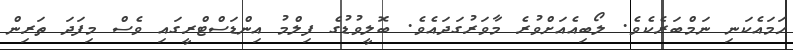
ހަމައެކަނި ނަމްބަރެކެވެ. ލޯބިއެއަށްވުރެ މާވަރުގަދައެވެ. ބޮލީވުޑުގެ ފިލްމު އިންޑަސްޓްރީގައި ވެސް މިފަދަ ތަރިން